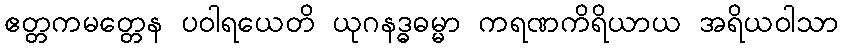
ဧတ္တကမတ္တေန ပဝါရယေတိ ယုဂနဒ္ဓဓမ္မာ ကရဏကိရိယာယ အရိယဝါသာ